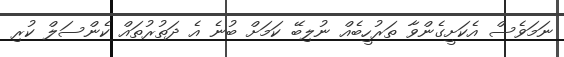
ނަމަވެސް އެކަށީގެންވާ ތަރުހީބެއް ނުލިބޭ ކަމަށް ބުނެ އެ ދަތުރުތައް ކެންސަލް ކުރި